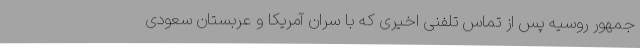
جمهور روسیه پس از تماس تلفنی اخیری که با سران آمریکا و عربستان سعودی